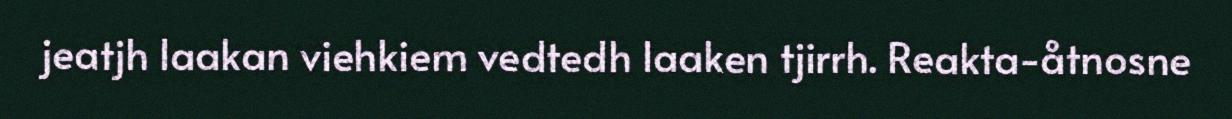
jeatjh laakan viehkiem vedtedh laaken tjirrh. Reakta-åtnosne